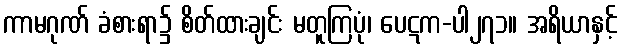
ကာမဂုဏ် ခံစားရာ၌ စိတ်ထားချင်း မတူကြပုံ၊ ပေဋက-ပါ၂၇၁။ အရိယာနှင့်